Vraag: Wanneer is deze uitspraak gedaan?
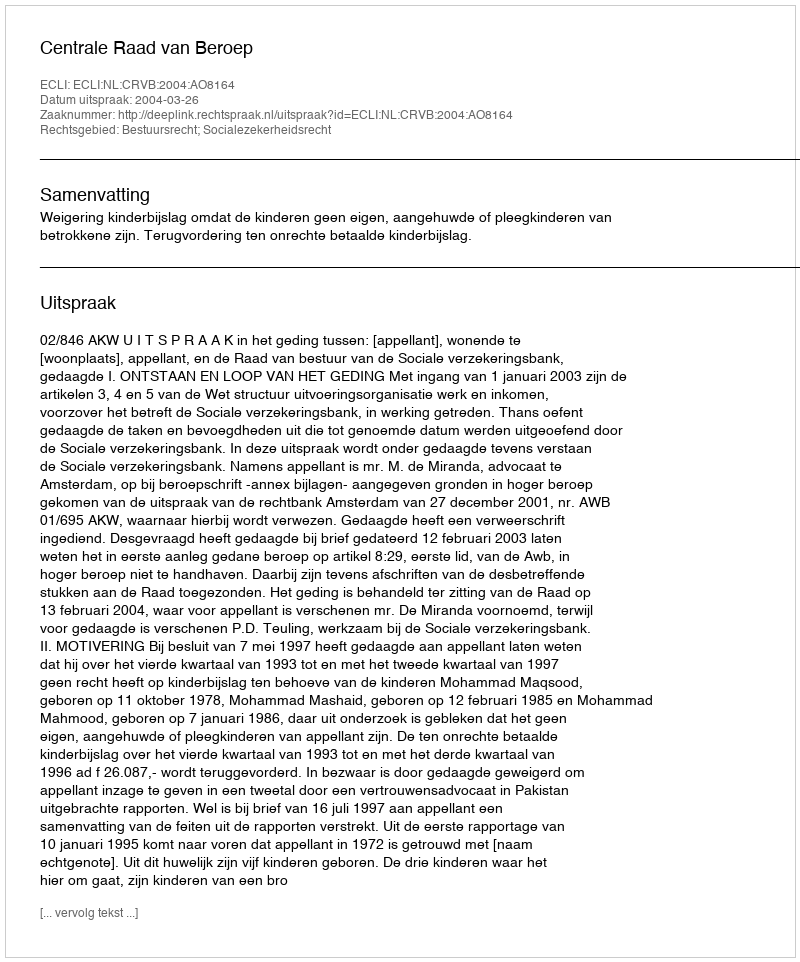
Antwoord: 2004-03-26